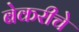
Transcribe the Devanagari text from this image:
बेकरीचे